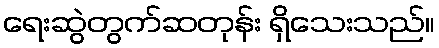
ရေးဆွဲတွက်ဆတုန်း ရှိသေးသည်။